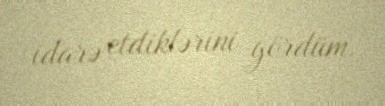
idarə etdiklərini gördüm.